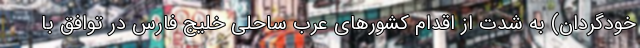
خودگردان) به شدت از اقدام کشورهای عرب ساحلی خلیج فارس در توافق با